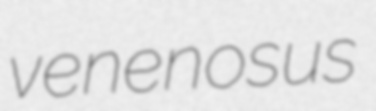
venenosus